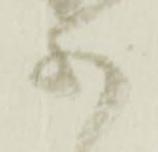
等